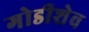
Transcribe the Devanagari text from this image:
गोडीशेव